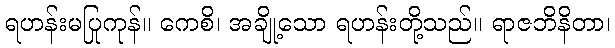
ရဟန်းမပြုကုန်။ ကေစိ၊ အချို့သော ရဟန်းတို့သည်။ ရာဇဘိနိတာ၊